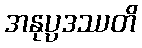
အနုပ္ပဒဿတိ